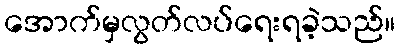
အောက်မှလွတ်လပ်ရေးရခဲ့သည်။